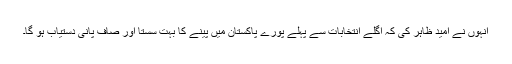
انہوں نے امید ظاہر کی کہ اگلے انتخابات سے پہلے پورے پاکستان میں پینے کا بہت سستا اور صاف پانی دستیاب ہو گا۔